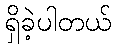
ရှိခဲ့ပါတယ်